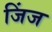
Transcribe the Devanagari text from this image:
जिंज